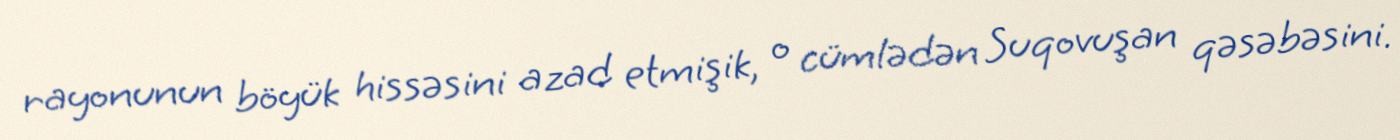
rayonunun böyük hissəsini azad etmişik, o cümlədən Suqovuşan qəsəbəsini.